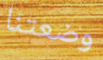
وضعتنا